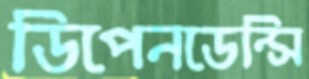
ডিপেনডেন্সি